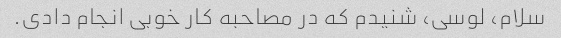
سلام، لوسی، شنیدم که در مصاحبه کار خوبی انجام دادی.